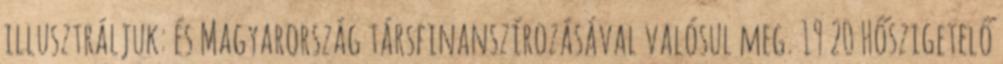
illusztráljuk: és Magyarország társfinanszírozásával valósul meg. 19 20 Hőszigetelő